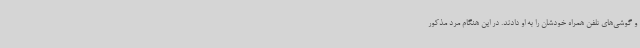
و گوشی‌های تلفن همراه خودشان را به او دادند. در این هنگام مرد مذکور